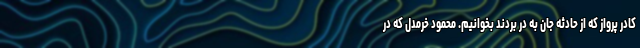
کادر پرواز که از حادثه جان به در بردند بخوانیم. محمود خرمدل که در